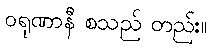
ဝရုဏာနီ စသည် တည်း။